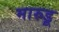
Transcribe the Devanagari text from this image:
मारुडू